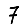
Digit: 7